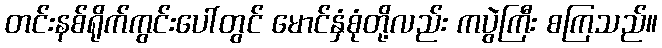
တင်းနစ်ရိုက်ကွင်းပေါ်တွင် မောင်နှံစုံတို့လည်း ကပွဲကြီး စကြသည်။